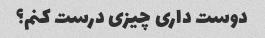
دوست داری چیزی درست کنم؟